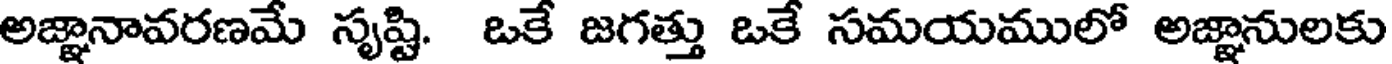
అజ్ఞానావరణమే సృష్టి. ఒకే జగత్తు ఒకే సమయములో అజ్ఞానులకు